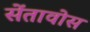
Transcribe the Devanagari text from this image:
सेंतावोस